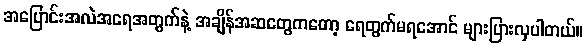
အပြောင်းအလဲအရေအတွက်နဲ့ အချိန်အဆတွေကတော့ ရေတွက်မရအောင် များပြားလှပါတယ်။